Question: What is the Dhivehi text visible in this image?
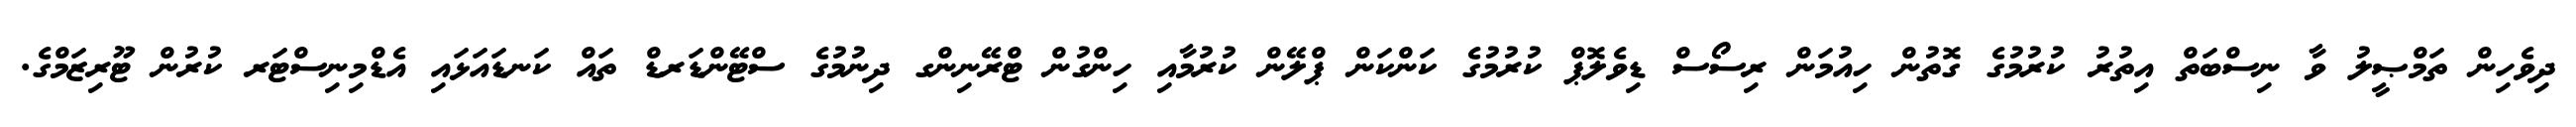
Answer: ދިވެހިން ތަމްޞީލު ވާ ނިސްބަތް އިތުރު ކުރުމުގެ ގޮތުން ހިއުމަން ރިސޯސް ޑިވެލޮޕް ކުރުމުގެ ކަންކަން ޕްލޭން ކުރުމާއި ހިންގުން ޓްރޭނިންގ ދިނުމުގެ ސްޓޭންޑަރޑް ތައް ކަނޑައަޅައި އެޑްމިނިސްޓަރ ކުރުން ޓޫރިޒަމްގެ.